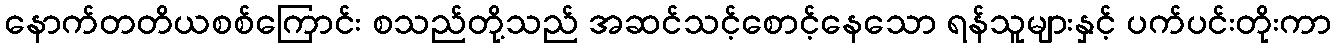
နောက်တတိယစစ်ကြောင်း စသည်တို့သည် အဆင်သင့်စောင့်နေသော ရန်သူများနှင့် ပက်ပင်းတိုးကာ